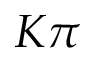
K \pi